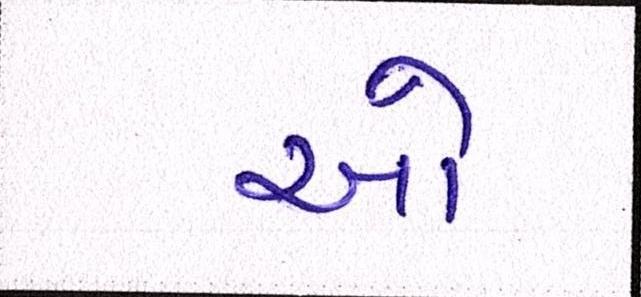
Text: ઓ